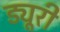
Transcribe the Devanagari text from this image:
ड्यूरी